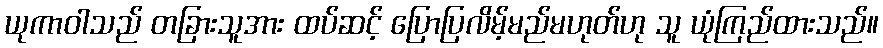
ယုကာဝါသည် တခြားသူအား ထပ်ဆင့် ပြောပြလိမ့်မည်မဟုတ်ဟု သူ ယုံကြည်ထားသည်။